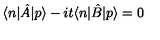
\langle n | \hat { A } | p \rangle - i t \langle n | \hat { B } | p \rangle = 0